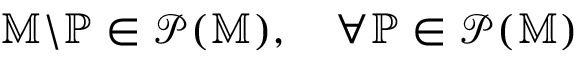
\mathbb { M } \backslash \mathbb { P } \in \mathcal { P } ( \mathbb { M } ) , \quad \forall \mathbb { P } \in \mathcal { P } ( \mathbb { M } )